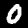
Digit: 0